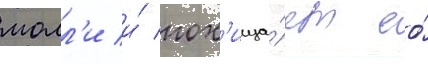
молл'и и́ пох'ища́ет ео́